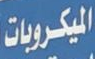
الميكروبات